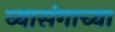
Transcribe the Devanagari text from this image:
व्यासंगाच्या